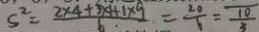
S ^ { 2 } = \frac { 2 \times 4 + 3 \times 4 + 1 \times 9 } { 6 } = \frac { 2 0 } { 6 } = \frac { 1 0 } { 3 }